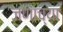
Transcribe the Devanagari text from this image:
जणाच्या